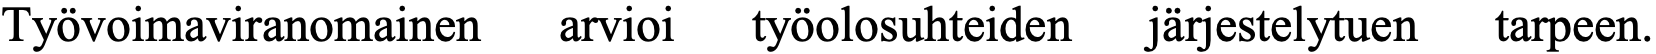
Työvoimaviranomainen arvioi työolosuhteiden järjestelytuen tarpeen.